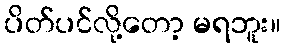
ပိတ်ပင်လို့တော့ မရဘူး။